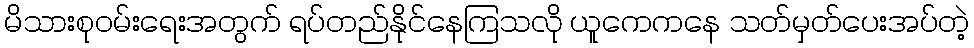
မိသားစုဝမ်းရေးအတွက် ရပ်တည်နိုင်နေကြသလို ယူကေကနေ သတ်မှတ်ပေးအပ်တဲ့